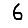
Digit: 6